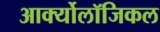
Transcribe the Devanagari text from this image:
आर्क्योलॉजिकल